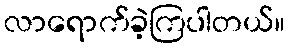
လာရောက်ခဲ့ကြပါတယ်။